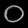
Digit: ၀